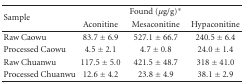
| <ROWSPAN=2> Sample |  | Found (μg/g)* |  |
 | Aconitine | Mesaconitine | Hypaconitine |
 | --- | --- | --- | --- |
 | Raw Caowu | 83.7 ± 6.9 | 527.1 ± 66.7 | 240.5 ± 6.4 |
 | Processed Caowu | 4.5 ± 2.1 | 4.7 ± 0.8 | 24.0 ± 1.4 |
 | Raw Chuanwu | 117.5 ± 5.0 | 421.5 ± 48.7 | 318 ± 41.0 |
 | Processed Chuanwu | 12.6 ± 4.2 | 23.8 ± 4.9 | 38.1 ± 2.9 |